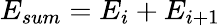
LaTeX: E_{sum}=E_{i}+E_{i+1}